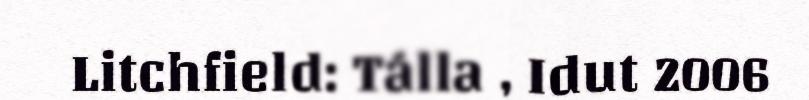
Litchfield: Tálla , Idut 2006